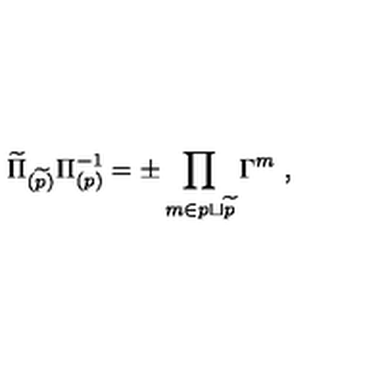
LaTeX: \widetilde \Pi _ { ( \widetilde p ) } \Pi _ { ( p ) } ^ { - 1 } = \pm \prod _ { m \in p \sqcup { \widetilde p } } \Gamma ^ { m } \ ,